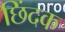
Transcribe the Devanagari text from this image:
छिंदक